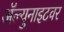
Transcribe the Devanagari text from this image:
ॲल्युनाइटवर